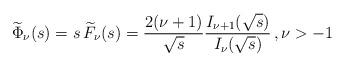
LaTeX: \begin{align*}\widetilde \Phi _\nu (s) = s \, \widetilde F _{\nu} (s) = \frac{2 (\nu + 1)}{\sqrt{s}} \frac{I_{\nu + 1} (\sqrt{s})}{I_{\nu} (\sqrt{s})} \, , \nu > - 1 \,\end{align*}